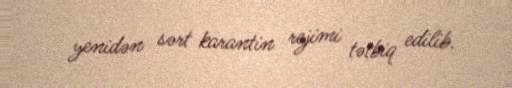
yenidən sərt karantin rejimi tətbiq edilib.